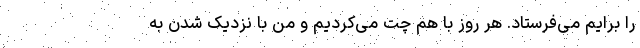
را برایم می‌فرستاد. هر روز با هم چت می‌کردیم و من با نزدیک شدن به